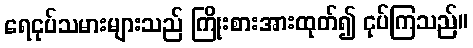
ရေငုပ်သမားများသည် ကြိုးစားအားထုတ်၍ ငုပ်ကြသည်။